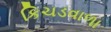
કિચડવાળા